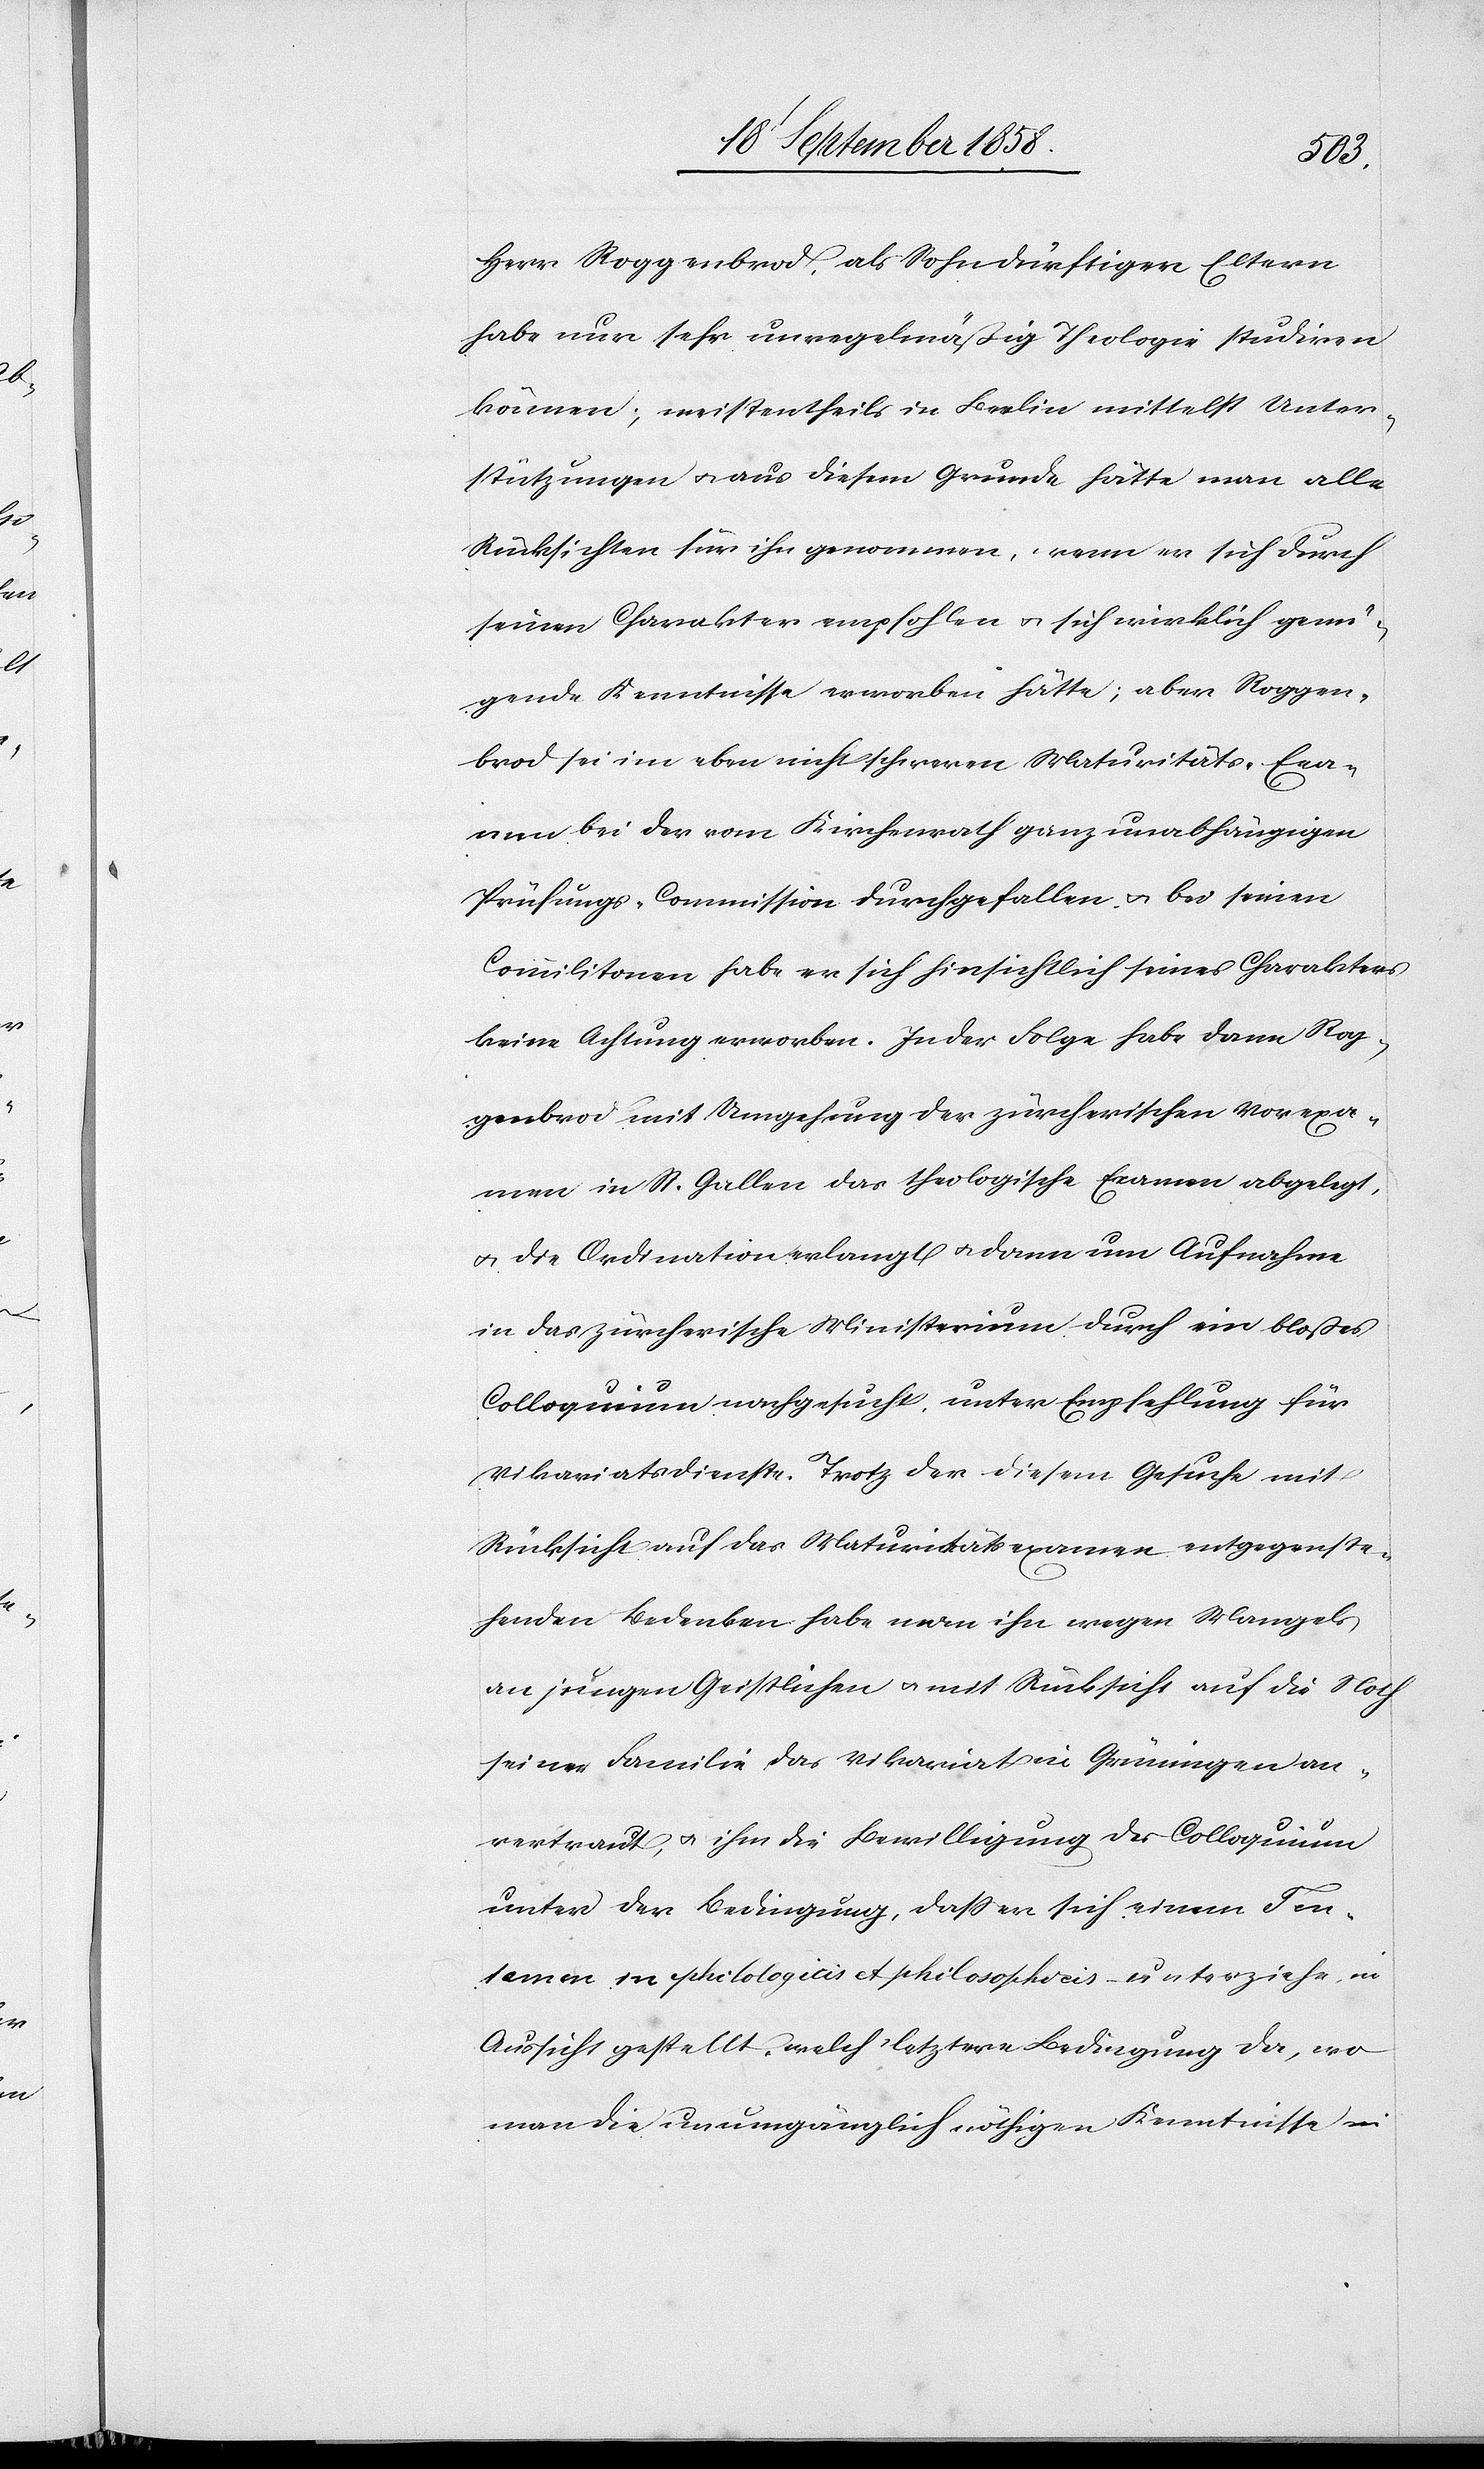
Herr Roggenbrod, als Sohn dürftiger Eltern
habe nur sehr unregelmäßig Theologie studiren
können; meistentheils in Berlin mittelst Unter¬
stützungen & aus diesem Grunde hätte man alle
Rücksichten für ihn genommen, wenn er sich durch
seinen Charakter empfohlen & sich wirklich genü¬
gende Kenntnisse erworben hätte; aber Roggen¬
brod sei im eben nicht schweren Maturitäts-Exa¬
men bei der vom Kirchenrath ganz unabhängigen
Prüfungs-Commission durchgefallen & bei seinen
Commilitonen habe er sich hinsichtlich seines Charakters
keine Achtung erworben. In der Folge habe dann Rog¬
genbrod mit Umgehung der zürcherischen Vorexa¬
men in St. Gallen das theologische Examen abgelegt,
& die Ordination erlangt & dann um Aufnahme
in das zürcherische Ministerium durch ein bloßes
Colloquium nachgesucht, unter Empfehlung für
Vikariatsdienste. Trotz der diesem Gesuche mit
Rücksicht auf das Maturitätsexamen entgegenste¬
henden Bedenken habe man ihn [recte: ihm] wegen Mangels
an jungen Geistlichen & mit Rücksicht auf die Noth
seiner Familie das Vikariat in Grüningen an¬
vertraut, & ihm die Bewilligung des Colloquium
unter der Bedingung, dass er sich einem Ten¬
tamen in philologicis & philosophicis unterziehe, in
Aussicht gestellt, welch‘ letztere Bedingung da, wo
man die unumgänglich nöthigen Kenntnisse in